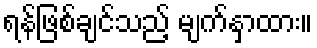
ရန်ဖြစ်ချင်သည့် မျက်နှာထား။